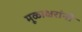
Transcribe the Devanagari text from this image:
मूळाक्षरांनी